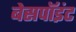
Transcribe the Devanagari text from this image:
बेसपॉइंट